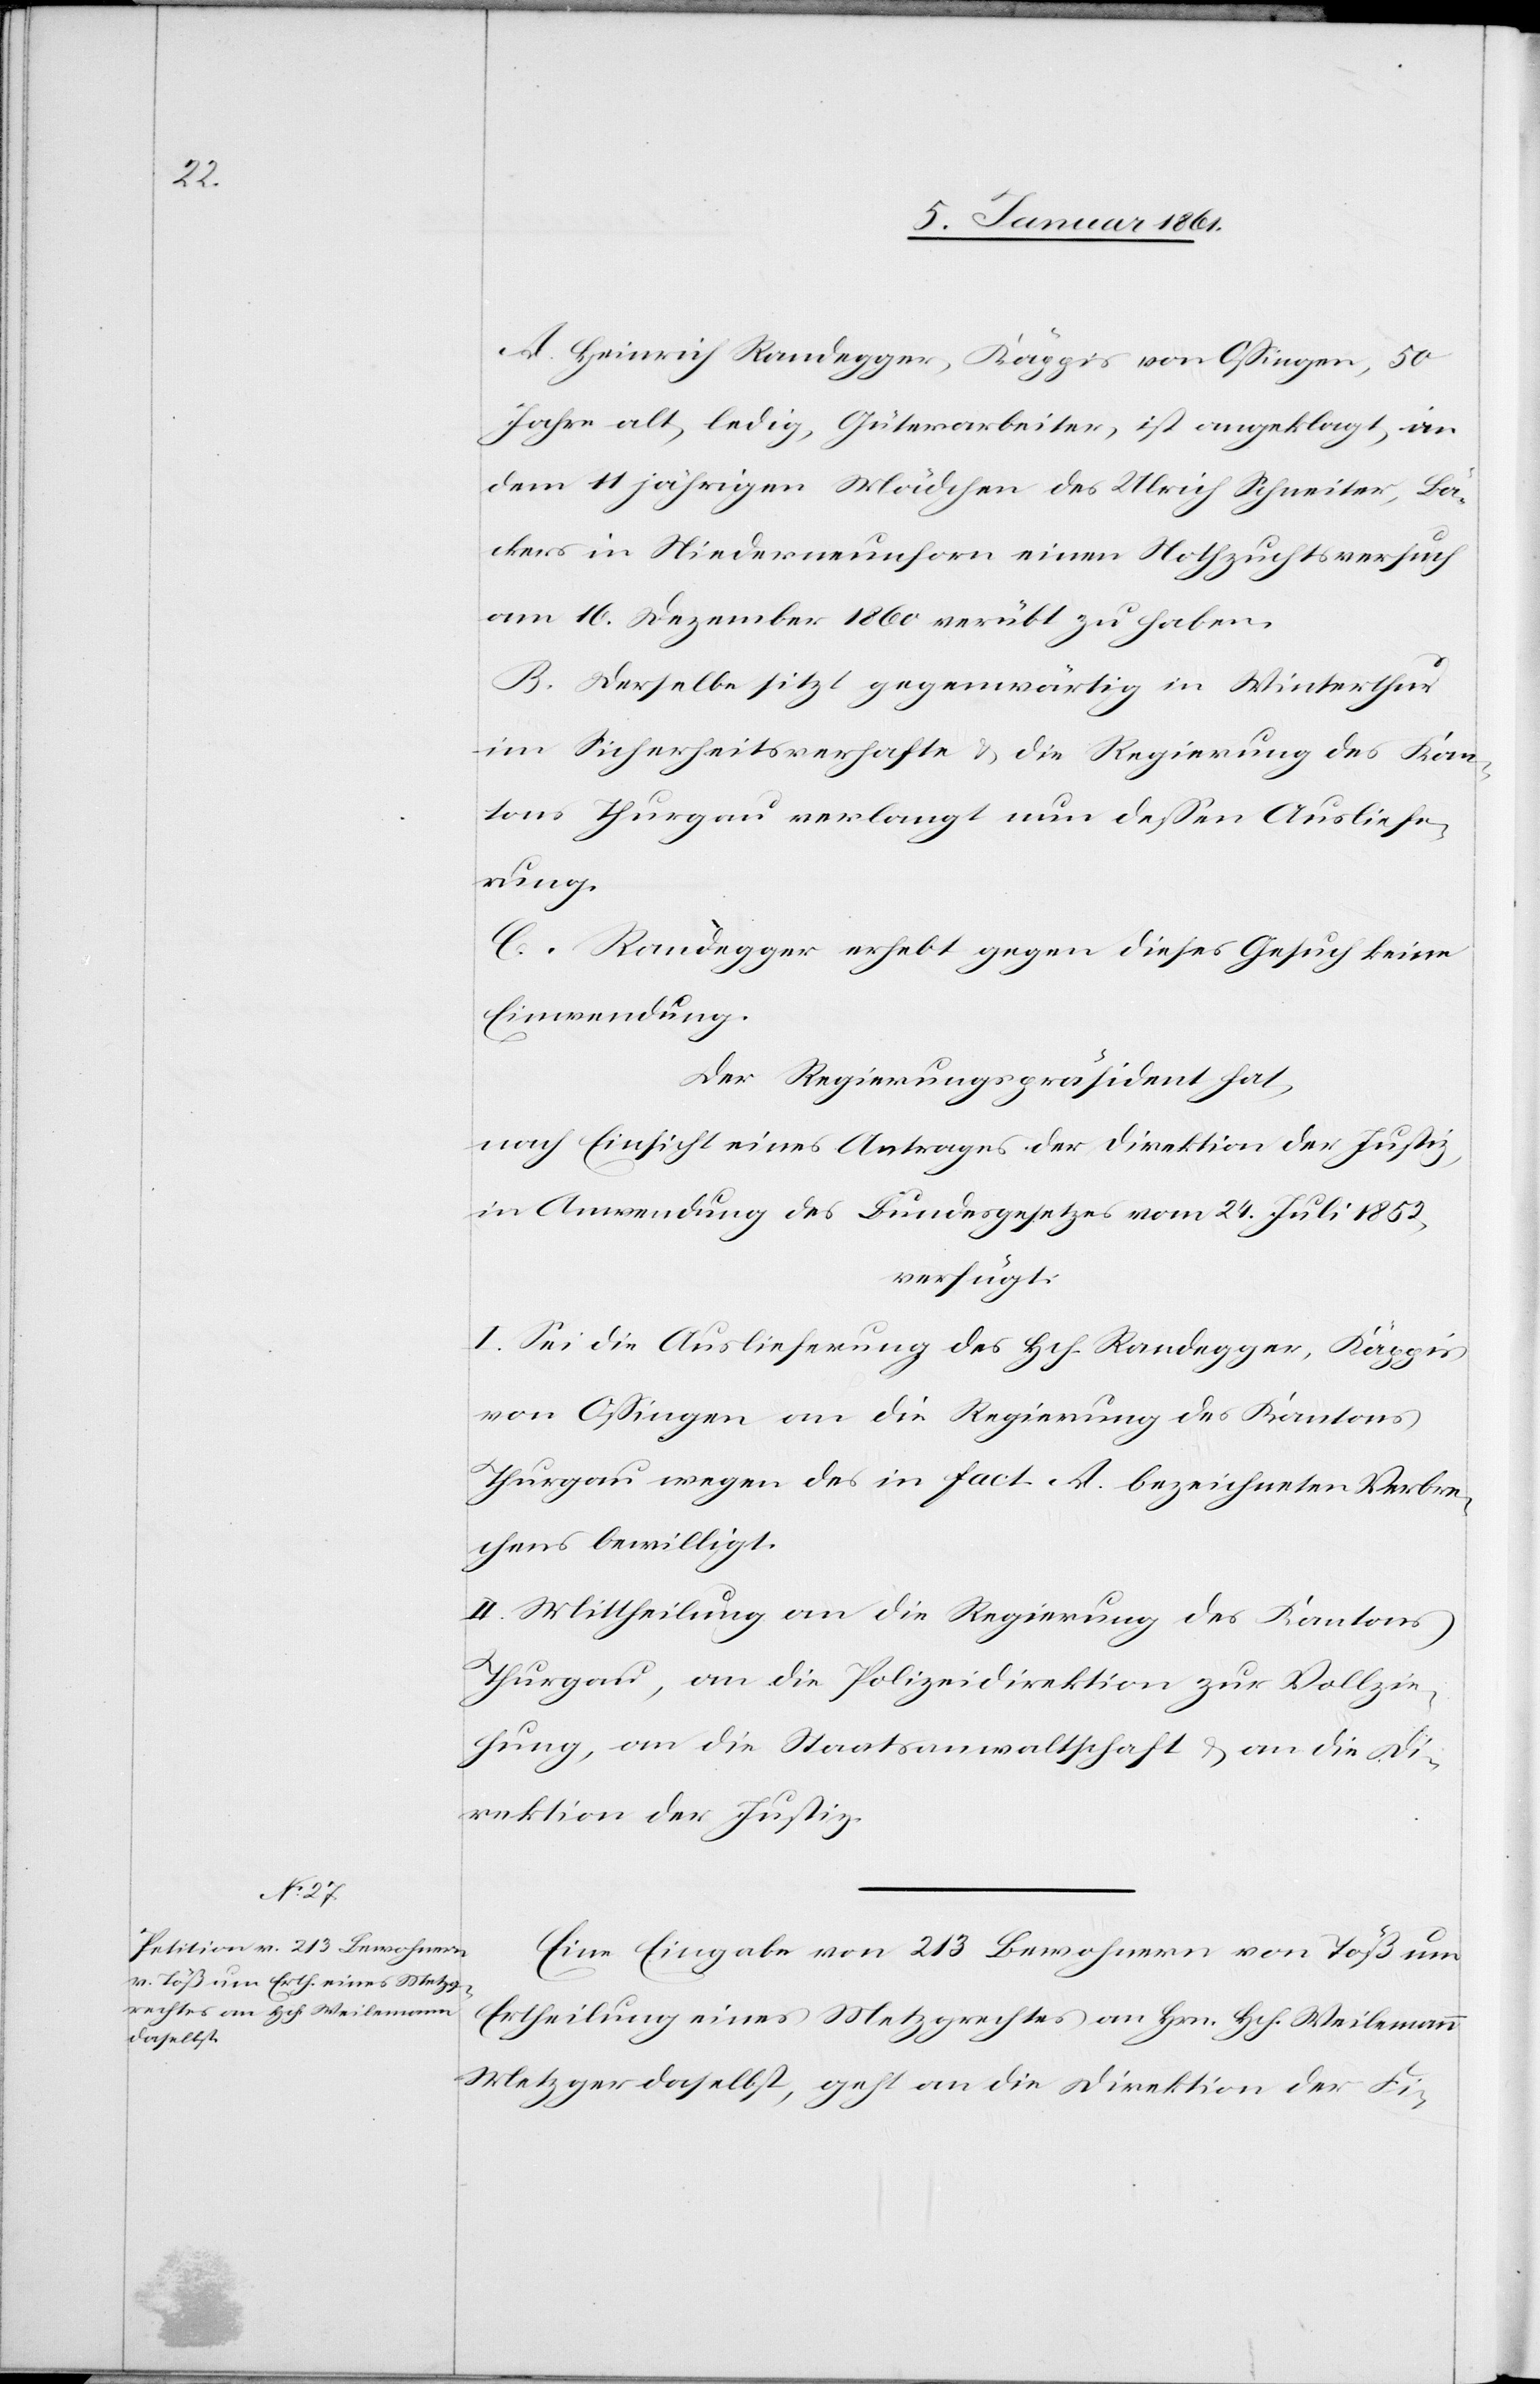
9. Januar 1861.]
A. Heinrich Randegger, Käppis von Ossingen, 50
Jahre alt, ledig, Güterarbeiter, ist angeklagt, an
dem 11 jährigen Mädchen des Ulrich Schneiter, Bä¬
ckers in Niederneunforn einen Nothzuchtsversuch
am 16. Dezember 1860 verübt zu haben.
B. Derselbe sitzt gegenwärtig in Winterthur
im Sicherheitsverhafte u. die Regierung des Kan¬
tons Thurgau verlangt um dessen Ausliefe¬
rung.
C. Randegger erhebt gegen dieses Gesuch keine
Einwendung.
Der Regierungspräsident hat,
nach Einsicht eines Antrages der Direktion der Justiz,
in Anwendung des Bundesgesetzes vom 24. Juli 1852,
verfügt:
I. Sei die Auslieferung des Hch. Randegger, Käppis
in Ossingen, an die Regierung des Kantons
Thurgau wegen des in fact. A. bezeichneten Verbre¬
chens bewilligt.
II. Mittheilung an die Regierung des Kantons
Thurgau, an die Polizeidirektion zur Vollzie¬
hung, an die Staatsanwaltschaft u. an die Di¬
rektion der Justiz.
Eine Eingabe von 213 Bewohnern von Töß um
Ertheilung eines Metzgrechtes an Hrn. Hch. Weilemann
Metzger daselbst, geht an die Direktion der Fi-